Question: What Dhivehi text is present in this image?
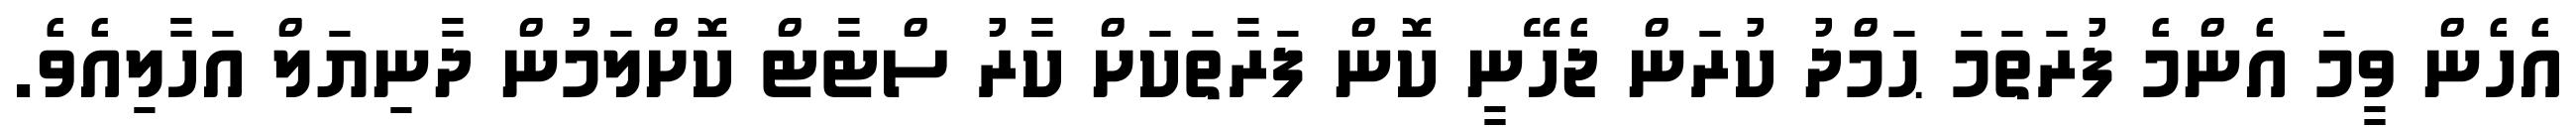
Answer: އެހެން ވީމަ އެންމެ ފުރަތަމަ ޙަމްދު ކުރަން ޖެހޭނީ ކޮން ފަރާތަކަށް ކާރު ސްޓާޓް ކޮށްލަމުން ދާނިޔަލް އަހާލިއެވެ.